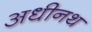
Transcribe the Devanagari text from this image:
अधीनथ